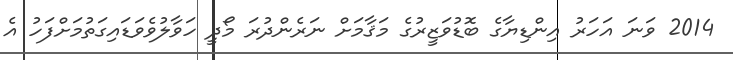
2014 ވަނަ އަހަރު އިންޑިޔާގެ ބޮޑުވަޒީރުގެ މަޤާމަށް ނަރެންދުރަ މޯދީ ހަވާލުވެވަޑައިގަތުމަށްފަހު އެ